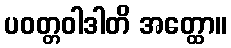
ပဝတ္တဝါဒါတိ အတ္ထော။